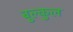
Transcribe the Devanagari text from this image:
बुल्कुल